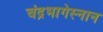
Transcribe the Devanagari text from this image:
चंद्रभागेस्नान